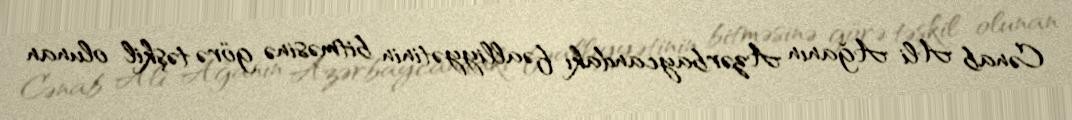
Cənab Ali Ağanın Azərbaycandakı fəalliyyətinin bitməsinə görə təşkil olunan